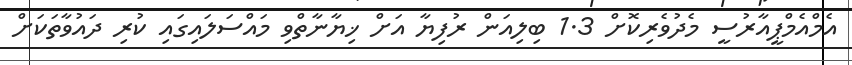
އެމްއެމްޕީއާރުސީ މެދުވެރިކޮށް 1.3 ބިލިއަން ރުފިޔާ އަށް ޚިޔާނާތްވި މައްސަލައިގައި ކުރި ދައުވާތަކަށް